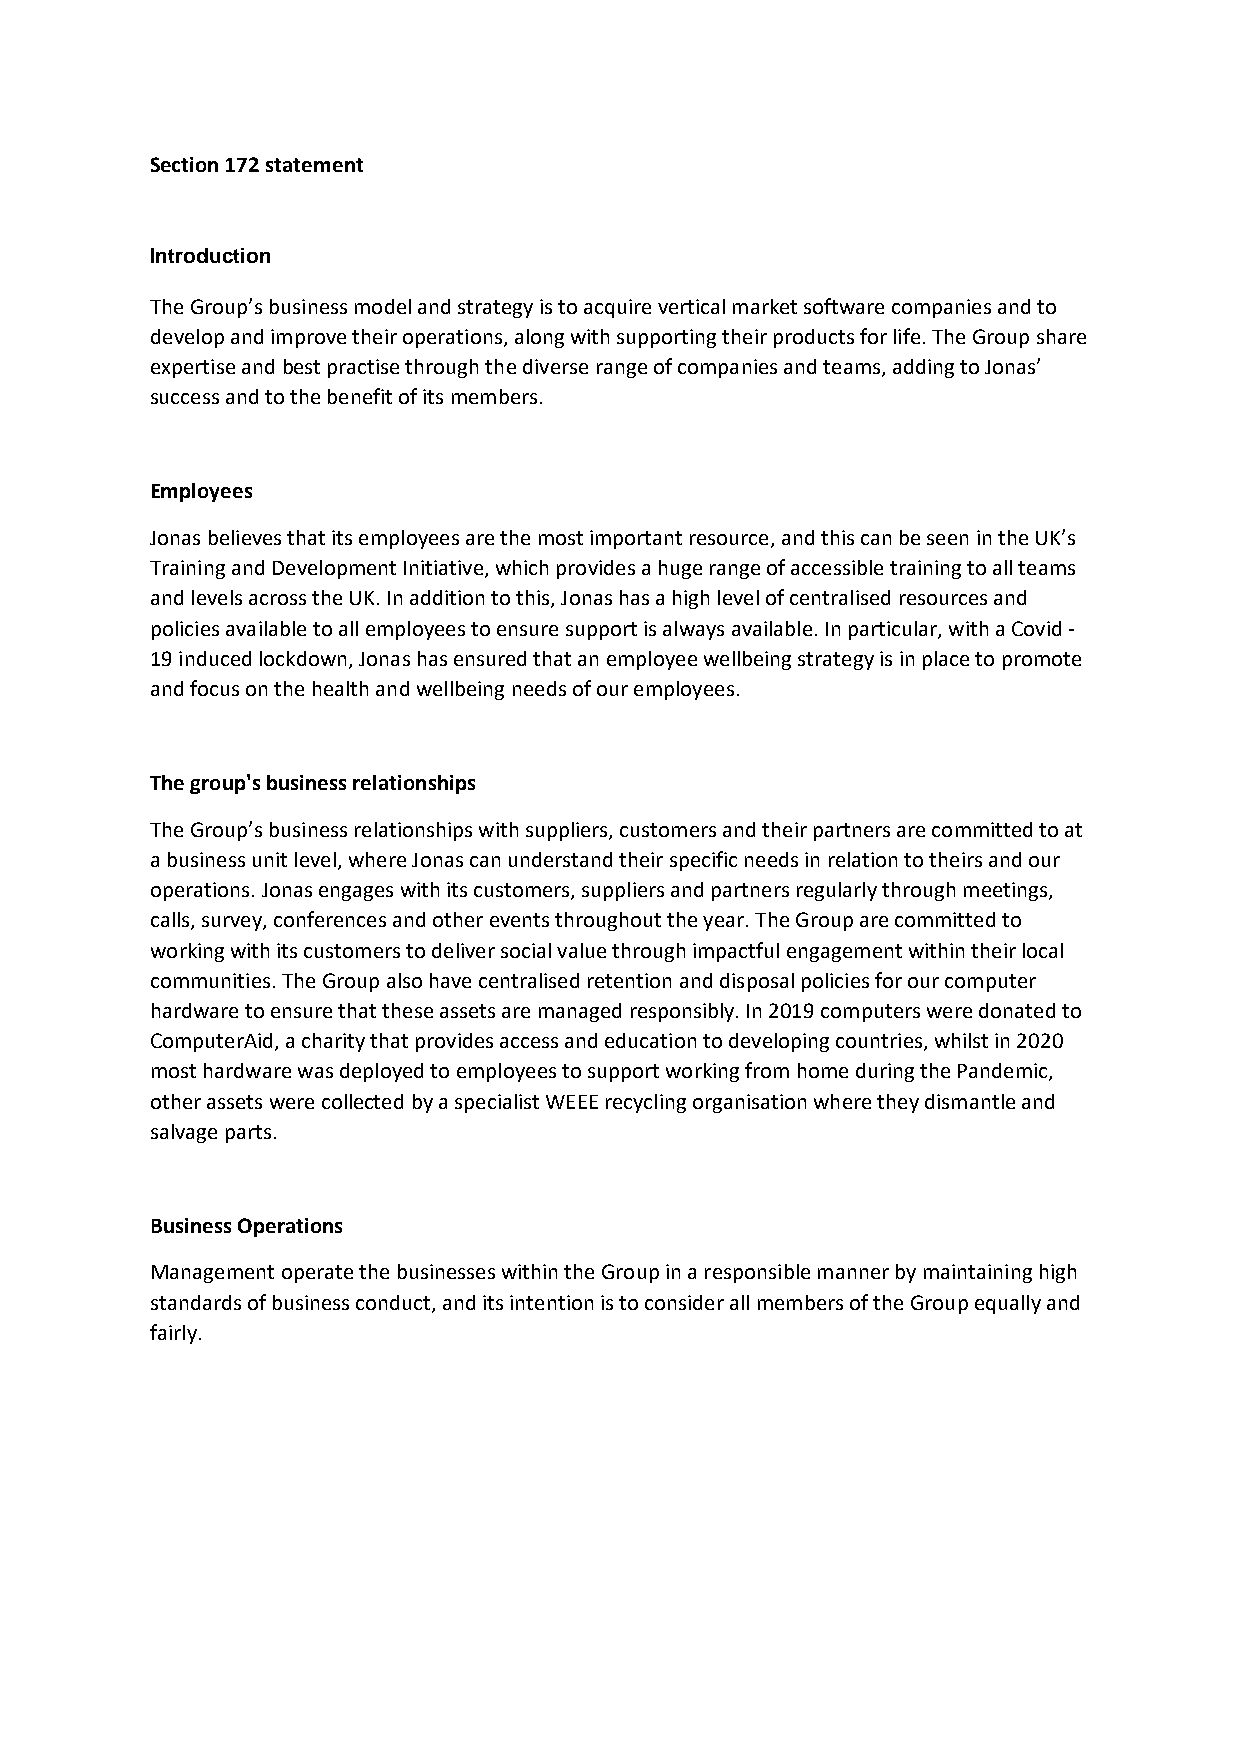
Section 172 statement
 Introduction
 The Group’s business model and strategy is to acquire vertical market software companies and to
 develop and improve their operations, along with supporting their products for life. The Group share
 expertise and best practise through the diverse range of companies and teams, adding to Jonas’
 success and to the benefit of its members.
 Employees
 Jonas believes that its employees are the most important resource, and this can be seen in the UK’s
 Training and Development Initiative, which provides a huge range of accessible training to all teams
 and levels across the UK. In addition to this, Jonas has a high level of centralised resources and
 policies available to all employees to ensure support is always available. In particular, with a Covid -
 19 induced lockdown, Jonas has ensured that an employee wellbeing strategy is in place to promote
 and focus on the health and wellbeing needs of our employees.
 The group's business relationships
 The Group’s business relationships with suppliers, customers and their partners are committed to at
 a business unit level, where Jonas can understand their specific needs in relation to theirs and our
 operations. Jonas engages with its customers, suppliers and partners regularly through meetings,
 calls, survey, conferences and other events throughout the year. The Group are committed to
 working with its customers to deliver social value through impactful engagement within their local
 communities. The Group also have centralised retention and disposal policies for our computer
 hardware to ensure that these assets are managed responsibly. In 2019 computers were donated to
 ComputerAid, a charity that provides access and education to developing countries, whilst in 2020
 most hardware was deployed to employees to support working from home during the Pandemic,
 other assets were collected by a specialist WEEE recycling organisation where they dismantle and
 salvage parts.
 Business Operations
 Management operate the businesses within the Group in a responsible manner by maintaining high
 standards of business conduct, and its intention is to consider all members of the Group equally and
 fairly.